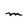
Character: M